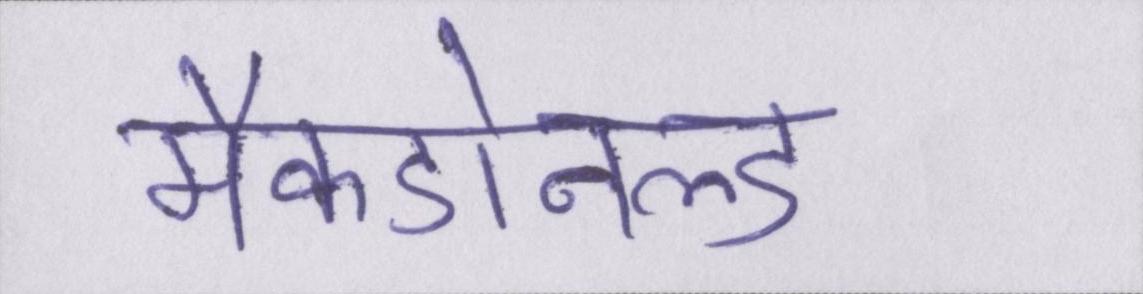
मैकडोनल्ड